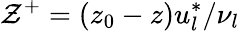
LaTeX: \mathcal{Z}^{+}=(z_{0}-z)u_{l}^{*}/\nu_{l}